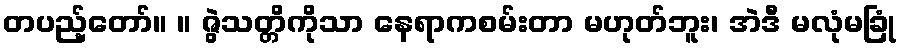
တပည့်တော်။ ။ ဇွဲသတ္တိကိုသာ နေရာကစမ်းတာ မဟုတ်ဘူး၊ အဲဒီ မလုံမခြုံ